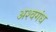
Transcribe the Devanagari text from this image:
अश्वगंध